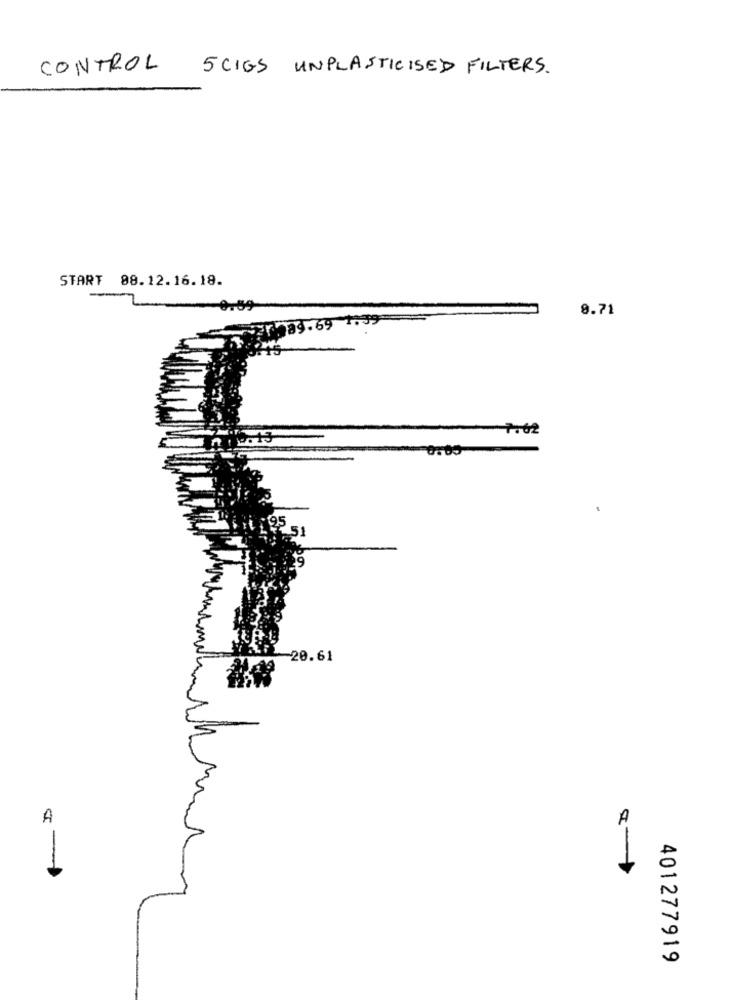
CONTROL
5 CIGS UNPLASTICISED FILTERS.
START 88.12.16.18.
0.59
8.71
69
-20.61
A
A
401277919